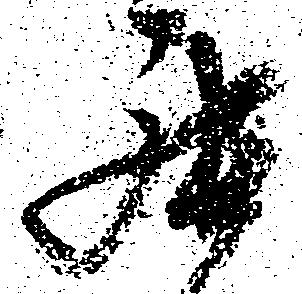
罷